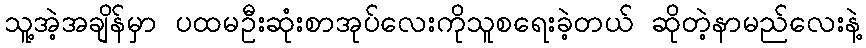
သူ့အဲ့အချိန်မှာ ပထမဦးဆုံးစာအုပ်လေးကိုသူစရေးခဲ့တယ် ဆိုတဲ့နာမည်လေးနဲ့